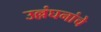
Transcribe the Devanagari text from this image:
उल्लंघनांचे